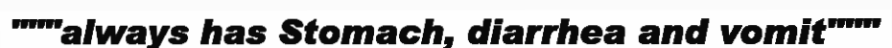
"""always has Stomach, diarrhea and vomit"""